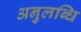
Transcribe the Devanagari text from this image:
अनुलब्धि